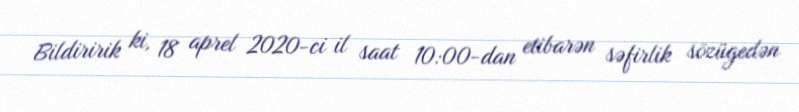
Bildiririk ki, 18 aprel 2020-ci il saat 10:00-dan etibarən səfirlik sözügedən